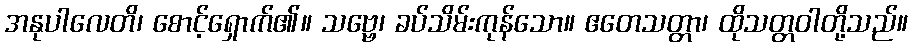
အနုပါလေတိ၊ စောင့်ရှောက်၏။ သဗ္ဗေ၊ ခပ်သိမ်းကုန်သော။ ဧတေသတ္တာ၊ ထိုသတ္တဝါတို့သည်။